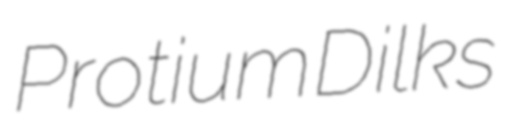
Protium Dilks